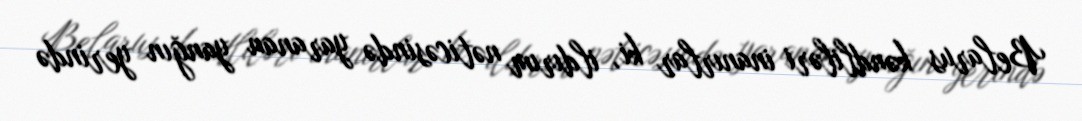
Belarus kəndliləri inanırlar ki, ildırım nəticəsində yaranan yanğın yerində